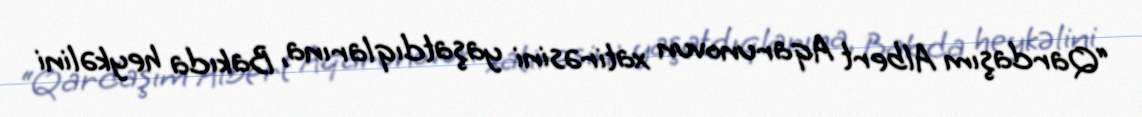
“Qardaşım Albert Aqarunovun xatirəsini yaşatdıqlarına, Bakıda heykəlini